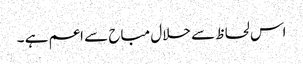
اس لحاظ سے حلال مباح سے اعم ہے ۔